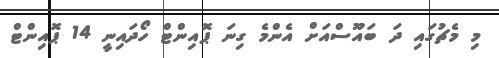
މި މެޗުގައި ދަ ބައޫސްއަށް އެންމެ ގިނަ ޕޮއިންޓް ހޯދައިނީ 14 ޕޮއިންޓް